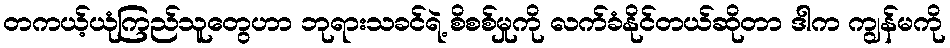
တကယ့်ယုံကြည်သူတွေဟာ ဘုရားသခင်ရဲ့ စိစစ်မှုကို လက်ခံနိုင်တယ်ဆိုတာ ဒါက ကျွန်မကို